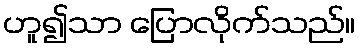
ဟူ၍သာ ပြောလိုက်သည်။